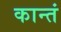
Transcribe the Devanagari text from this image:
कान्तं